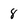
Character: 8